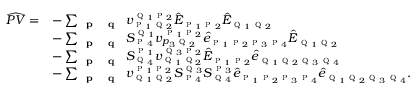
\begin{array} { r l } { \widehat { P V } = } & { - \sum _ { \substack { \textbf { \textsc { p } } \textbf { \textsc { q } } } } v _ { \textsc { p } _ { 1 } \textsc { q } _ { 2 } } ^ { \textsc { q } _ { 1 } \textsc { p } _ { 2 } } \hat { E } _ { \textsc { p } _ { 1 } \textsc { p } _ { 2 } } \hat { E } _ { \textsc { q } _ { 1 } \textsc { q } _ { 2 } } } \\ & { - \sum _ { \textbf { \textsc { p } } \textbf { \textsc { q } } } S _ { \textsc { p } _ { 4 } } ^ { \textsc { q } _ { 1 } } { v } _ { p _ { 3 } \textsc { q } _ { 2 } } ^ { \textsc { p } _ { 1 } \textsc { p } _ { 2 } } \hat { e } _ { \textsc { p } _ { 1 } \textsc { p } _ { 2 } \textsc { p } _ { 3 } \textsc { p } _ { 4 } } \hat { E } _ { \textsc { q } _ { 1 } \textsc { q } _ { 2 } } } \\ & { - \sum _ { \textbf { \textsc { p } } \textbf { \textsc { q } } } S _ { \textsc { q } _ { 4 } } ^ { \textsc { p } _ { 1 } } { v } _ { \textsc { q } _ { 1 } \textsc { q } _ { 2 } } ^ { \textsc { q } _ { 3 } \textsc { p } _ { 2 } } \hat { E } _ { \textsc { p } _ { 1 } \textsc { p } _ { 2 } } \hat { e } _ { \textsc { q } _ { 1 } \textsc { q } _ { 2 } \textsc { q } _ { 3 } \textsc { q } _ { 4 } } } \\ & { - \sum _ { \textbf { \textsc { p } } \textbf { \textsc { q } } } { v } _ { \textsc { q } _ { 1 } \textsc { q } _ { 2 } } ^ { \textsc { p } _ { 1 } \textsc { p } _ { 2 } } S _ { \textsc { p } _ { 4 } } ^ { \textsc { q } _ { 3 } } S _ { \textsc { q } _ { 4 } } ^ { \textsc { p } _ { 3 } } \hat { e } _ { \textsc { p } _ { 1 } \textsc { p } _ { 2 } \textsc { p } _ { 3 } \textsc { p } _ { 4 } } \hat { e } _ { \textsc { q } _ { 1 } \textsc { q } _ { 2 } \textsc { q } _ { 3 } \textsc { q } _ { 4 } } . } \end{array}